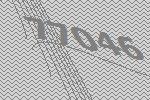
77046